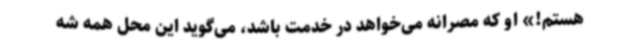
هستم!» او که مصرانه می‌خواهد در خدمت باشد، می‌گوید این محل همه شه